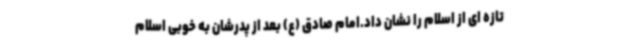
تازه ای از اسلام را نشان داد.امام صادق (ع) بعد از پدرشان به خوبی اسلام